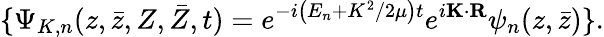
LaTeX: \{ \Psi_{K,n}(z,\bar{z},Z,\bar{Z},t)=e^{-i\left(E_{n}+K^{2}/2\mu\right)t}e^{i{\mathbf K}\cdot{\mathbf R}}\psi_{n}(z,\bar{z})\} .